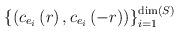
LaTeX: \begin{align*}\left\{ \left( c_{e_{i}}\left( r\right) ,c_{e_{i}}\left( -r\right)\right) \right\} _{i=1}^{\mathrm{\dim }\left( S\right) }\end{align*}